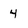
Character: 4